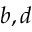
b , d